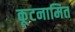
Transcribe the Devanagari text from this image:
कूटनामित